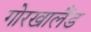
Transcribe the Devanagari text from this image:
गोरखालैंड